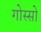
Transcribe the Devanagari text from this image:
गोस्सो